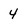
Character: 4